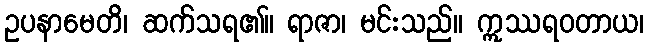
ဥပနာမေတိ၊ ဆက်သရ၏။ ရာဇာ၊ မင်းသည်။ ဣဿရဝတာယ၊